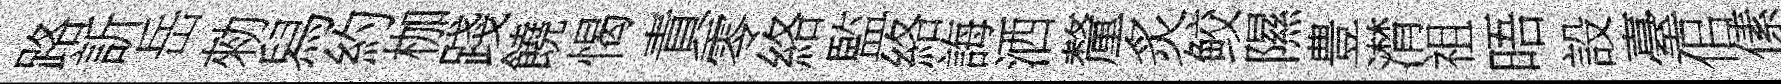
路訢岳勑舄約枷踐饒愒責零絡監絡誨洒釐炙鲛隰豊潸祖晤設臺佀傃